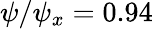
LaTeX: \psi/\psi_{x}=0.94